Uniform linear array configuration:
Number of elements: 32
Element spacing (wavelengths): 0.75
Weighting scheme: hamming
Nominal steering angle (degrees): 45
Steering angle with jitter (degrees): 44.326
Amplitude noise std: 0.05
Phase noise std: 0.05

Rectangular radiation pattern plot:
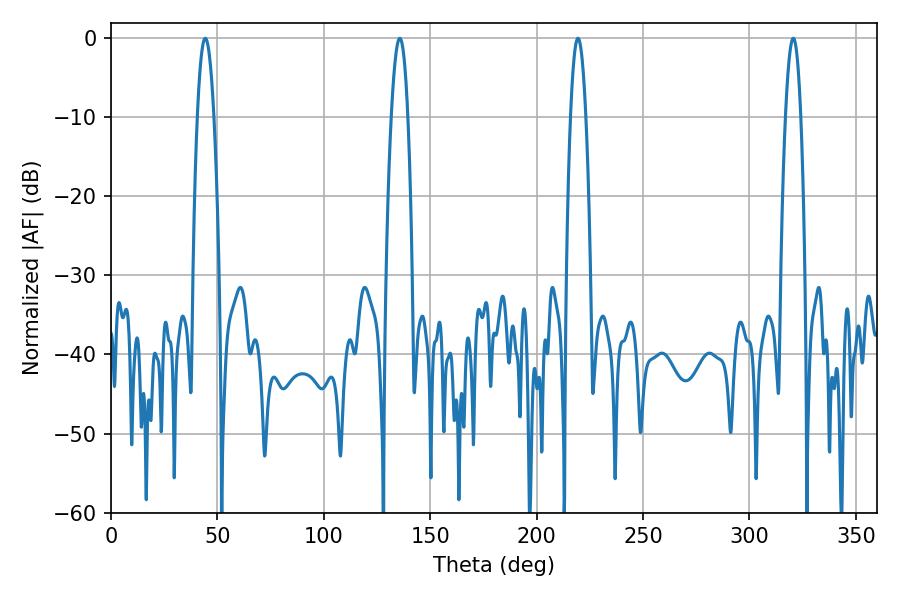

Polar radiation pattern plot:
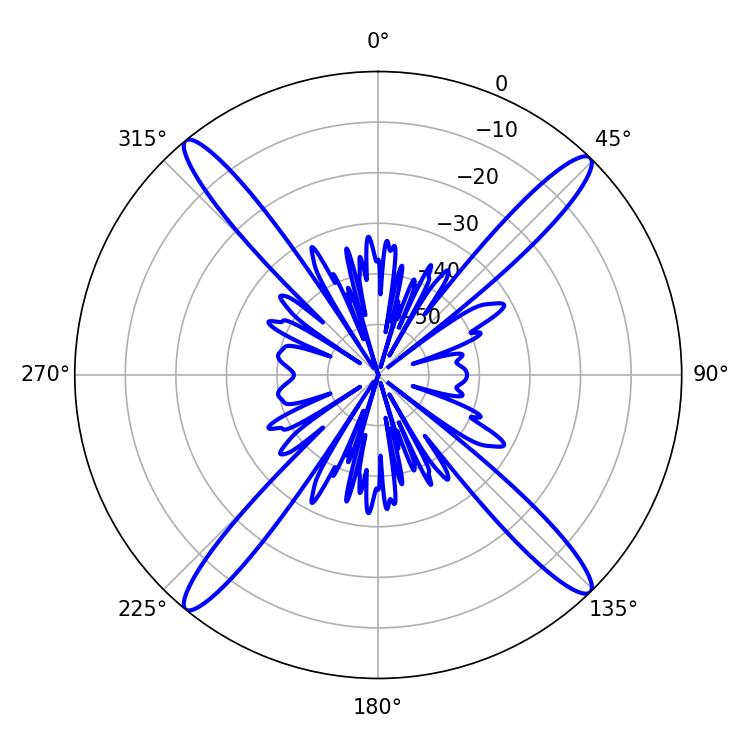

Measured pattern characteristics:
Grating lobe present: TRUE
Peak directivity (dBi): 20.451
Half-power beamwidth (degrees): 3.96
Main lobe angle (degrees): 219.42